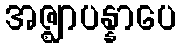
အဇ္ဈာပန္နာပေ